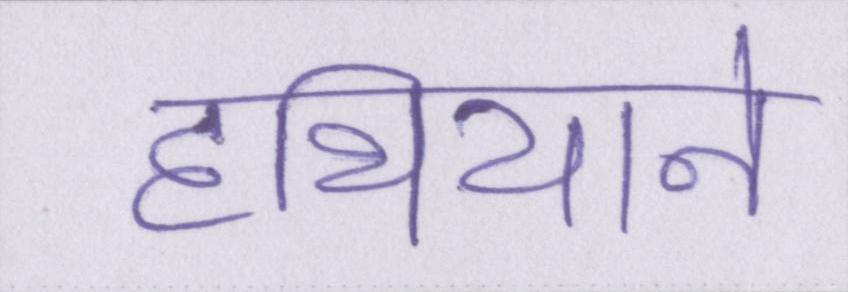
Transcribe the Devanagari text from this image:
हथियाने